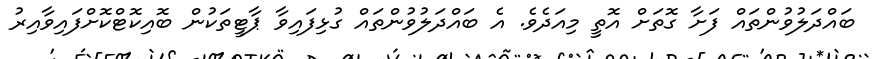
ބައްދަލުވުންތައް ފަށާ ގޮތަށް އޮތީ މިއަދެވެ. އެ ބައްދަލުވުންތައް ގުޅިފައިވާ ޕާޓީތަކުން ބޮއިކޮޓްކޮށްފައިވާއިރު